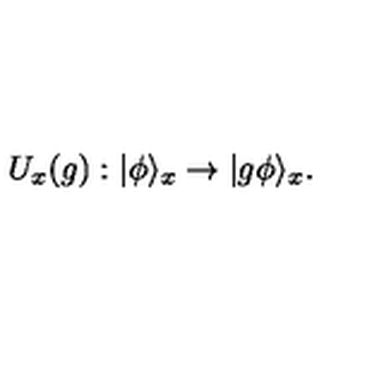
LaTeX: U _ { x } ( g ) : | \phi \rangle _ { x } \to | g \phi \rangle _ { x } .